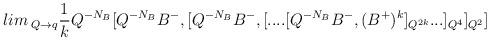
LaTeX: \begin{align*}lim\, _{Q\rightarrow q}\frac1kQ^{-N_B}[Q^{-N_B}B^{-},[Q^{-N_B}B^{-},[....[Q^{-N_B}B^{-},(B^{+})^k]_{Q^{2k}}...]_{Q^4}]_{Q^2}]\end{align*}